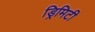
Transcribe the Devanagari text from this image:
ड्रिमिटी